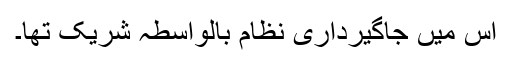
اس میں جاگیرداری نظام بالواسطہ شریک تھا۔